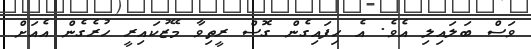
ވަސް ބަލައިލި އެވެ. އެ ހިފައިގެން ގޮސް ރީތިވާ މޭޒުކައިރީ ހުރެގެން އެއަށް